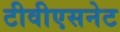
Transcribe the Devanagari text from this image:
टीवीएसनेट